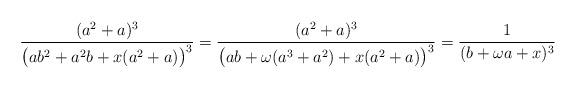
LaTeX: \begin{align*} \frac{(a^2+a)^3}{\bigl(ab^2+a^2b+x(a^2+a)\bigr)^3} &=\frac{(a^2+a)^3}{\bigl(ab+\omega(a^3+a^2)+x(a^2+a)\bigr)^3} =\frac{1}{(b+\omega a+x)^3} \end{align*}